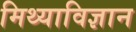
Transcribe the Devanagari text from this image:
मिथ्याविज्ञान